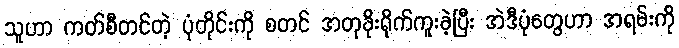
သူဟာ ကတ်စီတင်တဲ့ ပုံတိုင်းကို စတင် အတုခိုးရိုက်ကူးခဲ့ပြီး အဲဒီပုံတွေဟာ အရမ်းကို